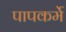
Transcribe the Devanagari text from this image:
पापकर्मे